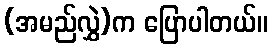
(အမည်လွှဲ)က ပြောပါတယ်။